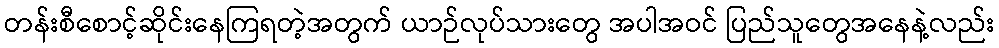
တန်းစီစောင့်ဆိုင်းနေကြရတဲ့အတွက် ယာဉ်လုပ်သားတွေ အပါအဝင် ပြည်သူတွေအနေနဲ့လည်း